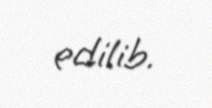
edilib.